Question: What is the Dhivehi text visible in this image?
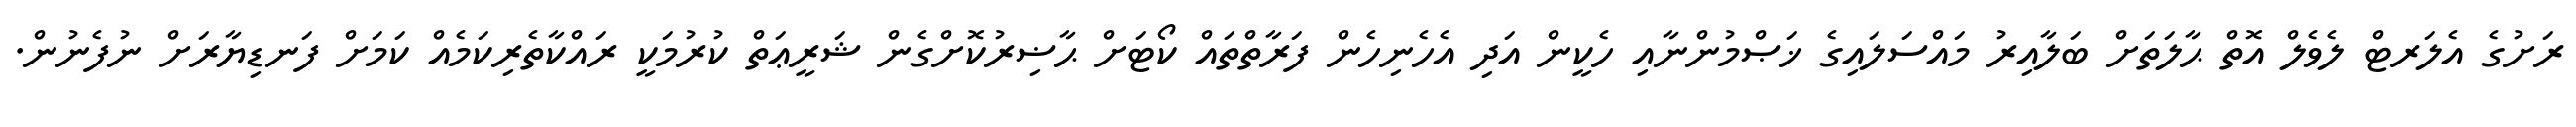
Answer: ރަށުގެ އެލަރޓް ލެވެލް އޮތް ޙާލަތަށް ބަލާއިރު މައްސަލައިގެ ޚަޞްމުންނާއި ހެކީން އަދި އެހެނިހެން ފަރާތްތައް ކޯޓަށް ޙާޟިރުކޮށްގެން ޝަރީޢަތް ކުރުމަކީ ރައްކާތެރިކަމެއް ކަމަށް ފަނޑިޔާރަށް ނުފެނުން.